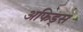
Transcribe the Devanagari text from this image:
अफिड्स